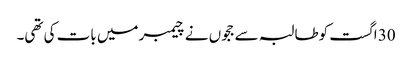
30 اگست کوطالبہ سے ججوں نے چیمبر میں بات کی تھی۔